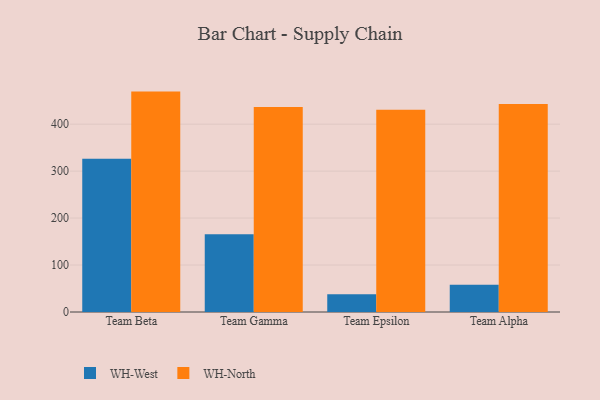
{"axis": {"x": "Team", "y": "Page Views"}, "legend": ["WH-North", "WH-West"], "data": [{"x": "Team Beta", "y": 326.1, "type": "WH-West"}, {"x": "Team Beta", "y": 469.3, "type": "WH-North"}, {"x": "Team Gamma", "y": 165.7, "type": "WH-West"}, {"x": "Team Gamma", "y": 436.4, "type": "WH-North"}, {"x": "Team Epsilon", "y": 37.7, "type": "WH-West"}, {"x": "Team Epsilon", "y": 430.7, "type": "WH-North"}, {"x": "Team Alpha", "y": 58.0, "type": "WH-West"}, {"x": "Team Alpha", "y": 442.8, "type": "WH-North"}]}